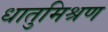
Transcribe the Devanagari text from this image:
धातुमिश्रण